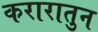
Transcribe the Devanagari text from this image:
करारातुन